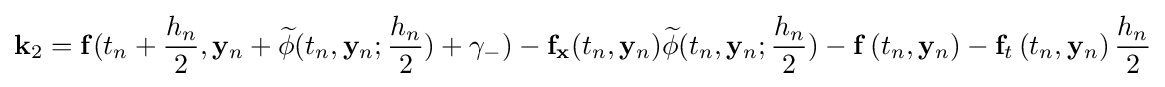
\mathbf {k} _{2}=\mathbf {f} (t_{n}+{\frac {h_{n}}{2}},\mathbf {y} _{n}+{\widetilde {\mathbf {\phi } }}(t_{n},\mathbf {y} _{n};{\frac {h_{n}}{2}})+\gamma _{-})-\mathbf {f} _{\mathbf {x} }(t_{n},\mathbf {y} _{n}){\widetilde {\mathbf {\phi } }}(t_{n},\mathbf {y} _{n};{\frac {h_{n}}{2}})-\mathbf {f} \left(t_{n},\mathbf {y} _{n}\right)-\mathbf {f} _{t}\left(t_{n},\mathbf {y} _{n}\right){\frac {h_{n}}{2}}